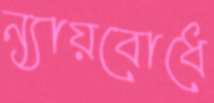
ন্যায়বোধে